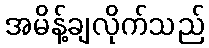
အမိန့်ချလိုက်သည်